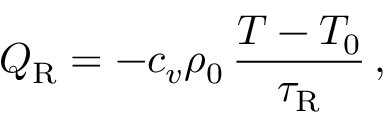
Q _ { \mathrm { R } } = - c _ { v } \rho _ { 0 } \, \frac { T - T _ { 0 } } { \tau _ { \mathrm { R } } } \, ,